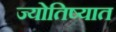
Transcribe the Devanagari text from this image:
ज्योतिष्यात